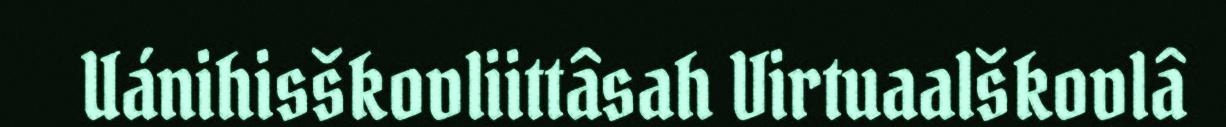
Uánihisškovliittâsah Virtuaalškovlâ